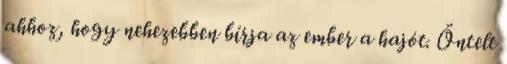
ahhoz, hogy nehezebben bírja az ember a hajót. Öntelt